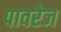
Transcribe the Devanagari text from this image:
पावरेज